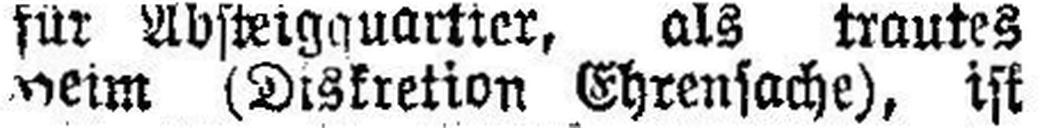
###eim (Diskretion Ehrensache), ist